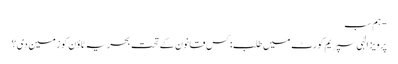
- ہم سب
پرویز الٰہی سپریم کورٹ میں طلب: کس قانون کے تحت بحریہ ٹاؤن کو زمین دی؟